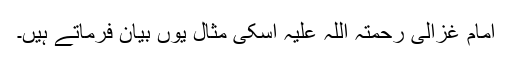
امام غزالی رحمتہ اللہ علیہ اسکی مثال یوں بیان فرماتے ہیں۔